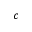
c